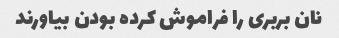
نان بربری را فراموش کرده بودن بیاورند